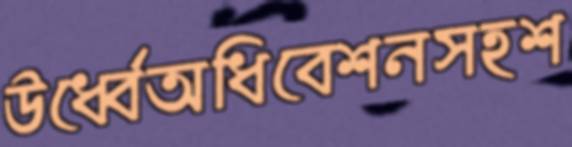
উর্ধ্বেঅধিবেশনসহশ